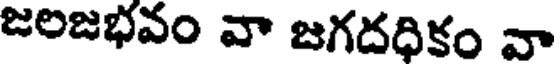
జలజభవం వా జగదధికం వా